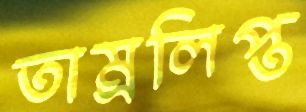
তাম্রলিপ্ত